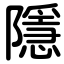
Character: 隱